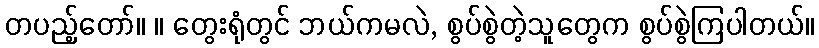
တပည့်တော်။ ။ တွေးရုံတွင် ဘယ်ကမလဲ, စွပ်စွဲတဲ့သူတွေက စွပ်စွဲကြပါတယ်။